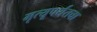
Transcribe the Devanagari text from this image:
मृत्यूपर्यंतचा